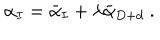
\alpha _ { I } = \bar { \alpha } _ { I } + \lambda \bar { \alpha } _ { D + d } \ .